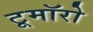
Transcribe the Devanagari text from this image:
टूमॉरो